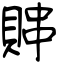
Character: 賗